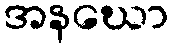
အနဃော